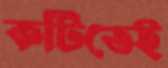
কটিতেই